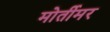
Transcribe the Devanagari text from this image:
मोर्तीमर